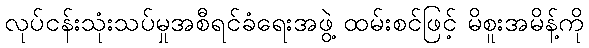
လုပ်ငန်းသုံးသပ်မှုအစီရင်ခံရေးအဖွဲ့ ထမ်းစင်ဖြင့် မိစူးအမိန့်ကို